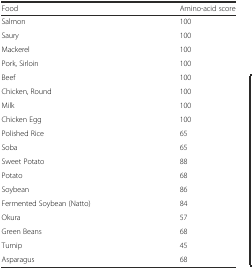
| Food | Amino-acid score |
 | --- | --- |
 | Salmon | 100 |
 | Saury | 100 |
 | Mackerel | 100 |
 | Pork, Sirloin | 100 |
 | Beef | 100 |
 | Chicken, Round | 100 |
 | Milk | 100 |
 | Chicken Egg | 100 |
 | Polished Rice | 65 |
 | Soba | 65 |
 | Sweet Potato | 88 |
 | Potato | 68 |
 | Soybean | 86 |
 | Fermented Soybean (Natto) | 84 |
 | Okura | 57 |
 | Green Beans | 68 |
 | Turnip | 45 |
 | Asparagus | 68 |